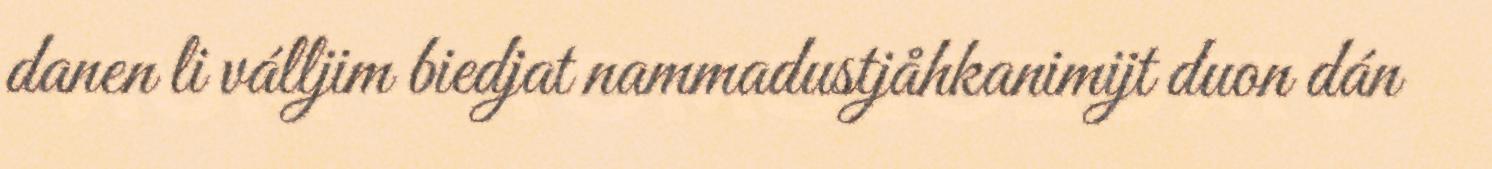
danen li válljim biedjat nammadustjåhkanimijt duon dán